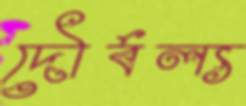
দৌর্বল্য